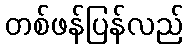
တစ်ဖန်ပြန်လည်